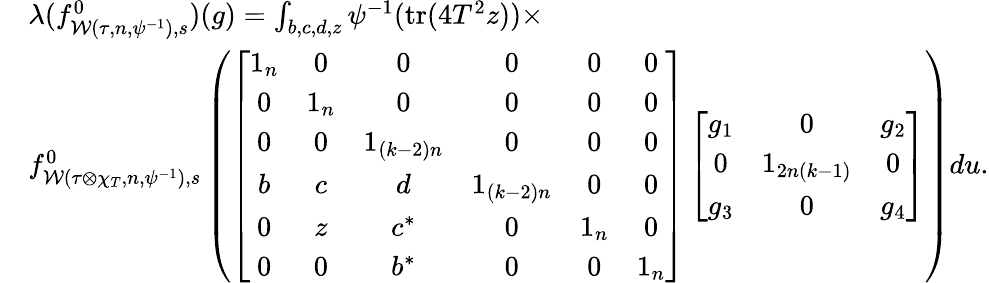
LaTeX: \begin{array}{rl}&{\lambda(f_{\mathcal{W}(\tau,n,\psi^{-1}),s}^{0})(g)=\int_{b,c,d,z}\psi^{-1}(\mathrm{tr}(4T^{2}z))\times}\\ &{f_{\mathcal{W}(\tau\otimes\chi_{T},n,\psi^{-1}),s}^{0}\left(\left[\begin{array}{cccccc}{1_{n}}&{0}&{0}&{0}&{0}&{0}\\ {0}&{1_{n}}&{0}&{0}&{0}&{0}\\ {0}&{0}&{1_{(k-2)n}}&{0}&{0}&{0}\\ {b}&{c}&{d}&{1_{(k-2)n}}&{0}&{0}\\ {0}&{z}&{c^{\ast}}&{0}&{1_{n}}&{0}\\ {0}&{0}&{b^{\ast}}&{0}&{0}&{1_{n}}\end{array}\right]\left[\begin{array}{ccc}{g_{1}}&{0}&{g_{2}}\\ {0}&{1_{2n(k-1)}}&{0}\\ {g_{3}}&{0}&{g_{4}}\end{array}\right]\right)du.}\end{array}